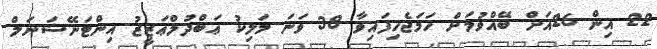
22 އިން 26އަށް ބޭއްވުމަށް ހަމަޖެހިފައިވާ 38 ވަނަ މަލިކު ޢަބްދުލްޢަޒީޒު އިންޓަނޭޝަނަލް